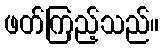
ဖတ်ကြည့်သည်။